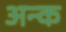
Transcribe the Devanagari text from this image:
अन्क